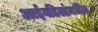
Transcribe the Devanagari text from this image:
आईवडिलांमधील